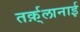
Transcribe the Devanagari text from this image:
तर्क़्लानाई